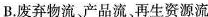
B.废弃物流、产品流、再生资源流